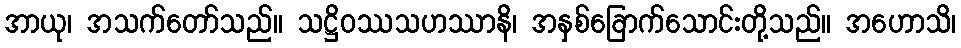
အာယု၊ အသက်တော်သည်။ သဋ္ဌိဝဿသဟဿာနိ၊ အနှစ်ခြောက်သောင်းတို့သည်။ အဟောသိ၊